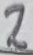
Text: 2